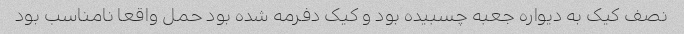
نصف کیک به دیواره جعبه چسبیده بود و کیک دفرمه شده بود حمل واقعا نامناسب بود